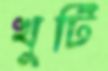
খুটি